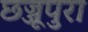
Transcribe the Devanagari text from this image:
छज्जूपुरा